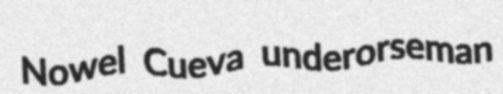
Nowel Cueva underorseman